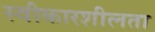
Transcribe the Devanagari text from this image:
स्वीकारशीलता